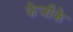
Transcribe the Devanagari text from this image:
केजीके